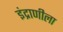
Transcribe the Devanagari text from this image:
इंद्राणीला